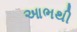
આભથી